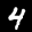
Label: 4